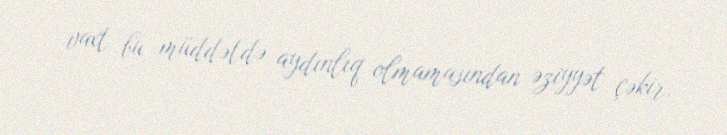
vaxt bu müddətdə aydınlıq olmamasından əziyyət çəkir.